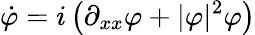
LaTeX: \dot{\varphi}=i\left(\partial_{xx}\varphi+|\varphi|^{2}\varphi\right)